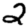
Digit: 2